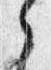
之